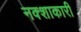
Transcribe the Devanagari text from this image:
नक्शाकारी